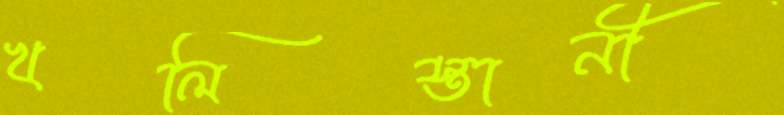
খলিস্তানী